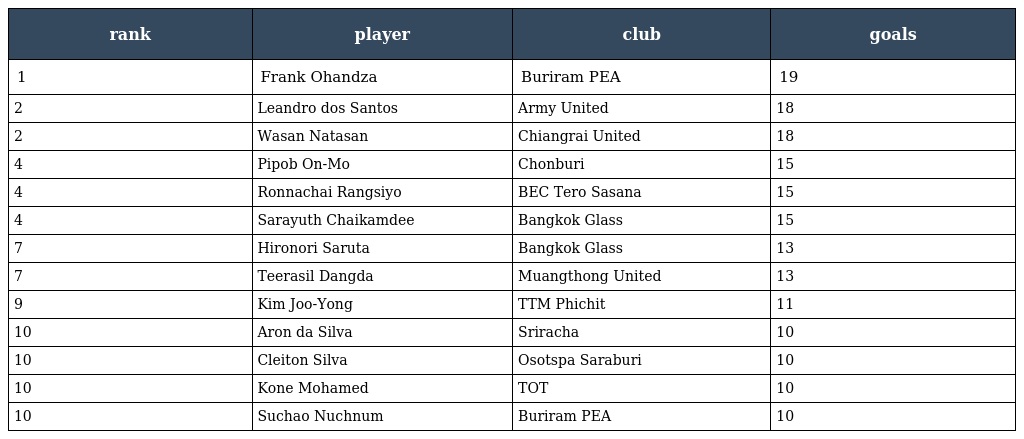
| rank | player | club | goals |
 | --- | --- | --- | --- |
 | 1 | Frank Ohandza | Buriram PEA | 19 |
 | 2 | Leandro dos Santos | Army United | 18 |
 | 2 | Wasan Natasan | Chiangrai United | 18 |
 | 4 | Pipob On-Mo | Chonburi | 15 |
 | 4 | Ronnachai Rangsiyo | BEC Tero Sasana | 15 |
 | 4 | Sarayuth Chaikamdee | Bangkok Glass | 15 |
 | 7 | Hironori Saruta | Bangkok Glass | 13 |
 | 7 | Teerasil Dangda | Muangthong United | 13 |
 | 9 | Kim Joo-Yong | TTM Phichit | 11 |
 | 10 | Aron da Silva | Sriracha | 10 |
 | 10 | Cleiton Silva | Osotspa Saraburi | 10 |
 | 10 | Kone Mohamed | TOT | 10 |
 | 10 | Suchao Nuchnum | Buriram PEA | 10 |